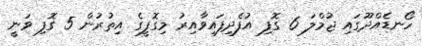
ހޯނޑެއްދޫގައި ޖުމްލަ 6 ގޮފި އުފެދިފައިވާއިރު މިގޮފީގެ އިތުރުން 5 ގޮފި ވަނީ